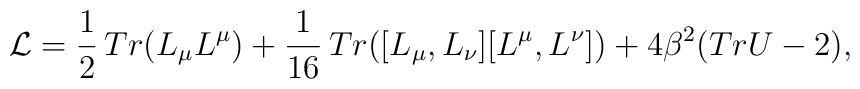
{\cal L} = \frac{1}{2}\, Tr(L_{\mu} L^{\mu}) + \frac{1}{16}\,  Tr([L_{\mu}, L_{\nu}][L^{\mu}, L^{\nu}]) + 4 \beta^{2} (TrU -2),